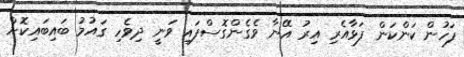
ފަހުން ކަންކަން ފަޅާއެރި އިރު އޭނާ ވެގެންގޮސްފައި ވަނީ ދިވެހި ގައުމު ބައިބައިކޮށް